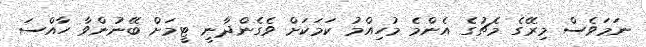
ނަމަވެސް މިރޭގެ މެޗުގެ އެންމެ މުހިއްމު ކަމަކަށް ވެގެންދާނީ ޓީމަށް ބޭނުންވާ ހާއްސަ